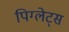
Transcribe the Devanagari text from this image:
पिग्लेट्स